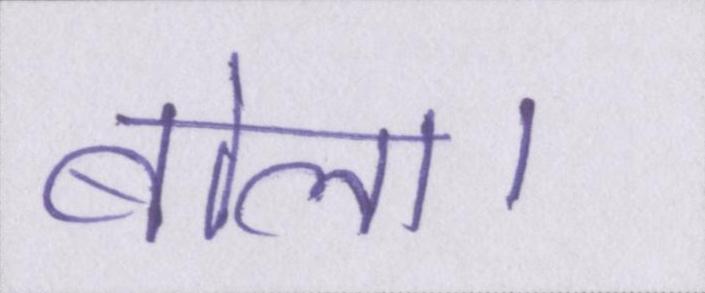
बोला।